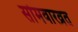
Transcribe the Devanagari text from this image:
सोमवारव्रत